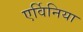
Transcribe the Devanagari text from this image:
एर्विनिया